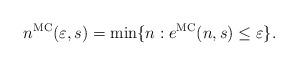
LaTeX: \begin{align*}n^{\mathrm{MC}}(\varepsilon,s)=\min\{n : e^{\mathrm{MC}}(n,s)\leq \varepsilon\}.\end{align*}